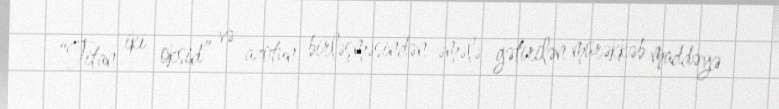
“Titan iki oksid” və azotun birləşməsindən əmələ gətirilən mürəkkəb maddəyə